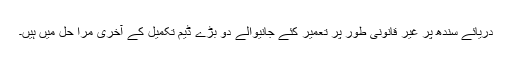
دریائے سندھ پر غیر قانونی طور پر تعمیر کئے جانیوالے دو بڑے ڈیم تکمیل کے آخری مرا حل میں ہیں۔